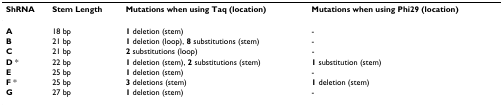
<table><thead><tr><td><b>ShRNA</b></td><td><b>Stem Length</b></td><td><b>Mutations when using Taq (location)</b></td><td><b>Mutations when using Phi29 (location)</b></td></tr></thead><tbody><tr><td><b>A</b></td><td>18 bp</td><td><b>1 </b>deletion (stem)</td><td>-</td></tr><tr><td><b>B</b></td><td>21 bp</td><td><b>1 </b>deletion (loop), <b>8 </b>substitutions (stem)</td><td>-</td></tr><tr><td><b>C</b></td><td>21 bp</td><td><b>2 </b>substitutions (loop)</td><td>-</td></tr><tr><td><b>D </b>*</td><td>22 bp</td><td><b>1 </b>deletion (stem), <b>2 </b>substitutions (stem)</td><td><b>1 </b>substitution (stem)</td></tr><tr><td><b>E</b></td><td>25 bp</td><td><b>1 </b>deletion (stem)</td><td>-</td></tr><tr><td><b>F </b>*</td><td>25 bp</td><td><b>3 </b>deletions (stem)</td><td><b>1 </b>deletion (stem)</td></tr><tr><td><b>G</b></td><td>27 bp</td><td><b>1 </b>deletion (stem)</td><td>-</td></tr></tbody></table>